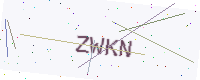
Text: ZWKN